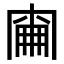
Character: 𠕢